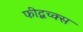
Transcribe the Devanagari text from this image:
फीद्बच्क्स